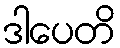
ဒါပေတိ